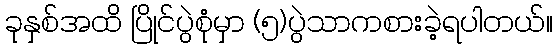
ခုနှစ်အထိ ပြိုင်ပွဲစုံမှာ (၅)ပွဲသာကစားခဲ့ရပါတယ်။